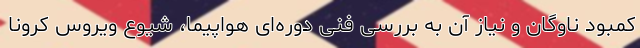
کمبود ناوگان و نیاز آن به بررسی فنی دوره‌ای هواپیما، شیوع ویروس کرونا